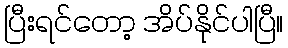
ပြီးရင်တော့ အိပ်နိုင်ပါပြီ။